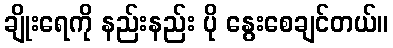
ချိုးရေကို နည်းနည်း ပို နွေးစေချင်တယ်။